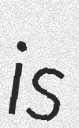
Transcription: is